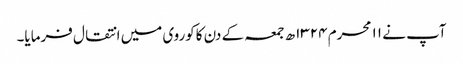
آپ نے ۱۱ محرم ۱۳۲۴ھ جمعہ کے دن کاکوروی میں انتقال فرمایا۔